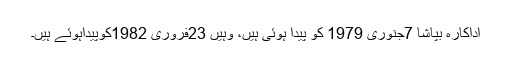
اداکارہ بپاشا 7جنوری 1979 کو پیدا ہوئی ہیں، وہیں 23فروری 1982کوپیداہوئے ہیں۔